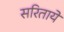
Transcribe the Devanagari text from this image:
सरितायें